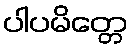
ပါပမိတ္တေ